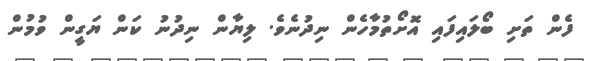
ފެން ތަށި ބޯލައިފައި އޮށޯތުމާހެން ނިދުނެވެ. ލިޔާން ނިދުނު ކަން ޔަގީން ވުމުން